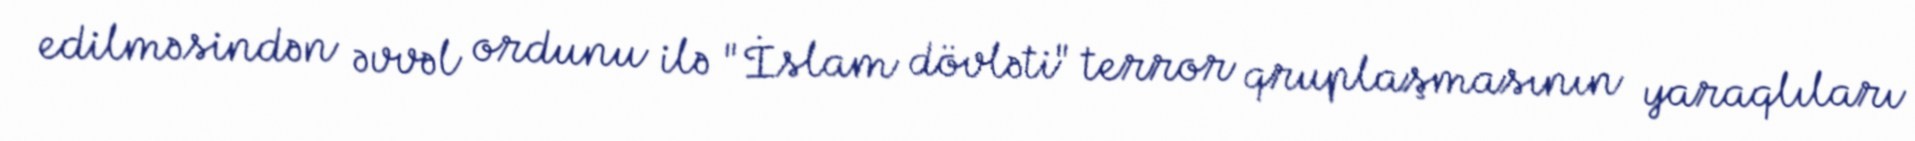
edilməsindən əvvəl ordunu ilə "İslam dövləti" terror qruplaşmasının yaraqlıları